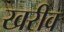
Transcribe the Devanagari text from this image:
खरीव